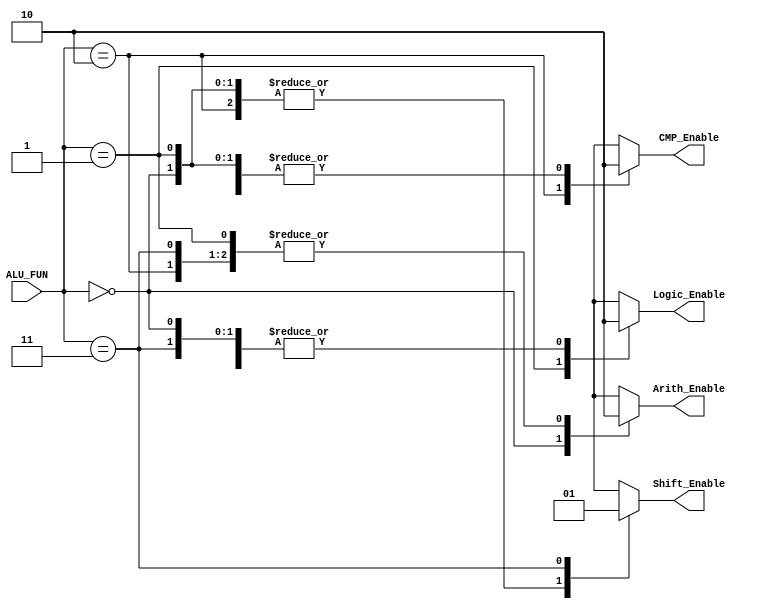
module Decoder_UNIT (
 input wire         [1:0]       ALU_FUN,
 output reg                      Arith_Enable,Logic_Enable,CMP_Enable,Shift_Enable
);

always @(*)
 begin
  case(ALU_FUN)
   2'b00 : begin
     Arith_Enable=1'b1 ;
	 Logic_Enable=1'b0 ;
	 CMP_Enable=1'b0 ;
	 Shift_Enable=1'b0 ;
    end
   2'b01 : begin
     Arith_Enable=1'b0 ;
	 Logic_Enable=1'b1 ;
	 CMP_Enable=1'b0 ;
	 Shift_Enable=1'b0 ;
    end
   2'b10 : begin
     Arith_Enable=1'b0 ;
	 Logic_Enable=1'b0 ;
	 CMP_Enable=1'b1 ;
	 Shift_Enable=1'b0 ;
    end
   2'b11 : begin
     Arith_Enable=1'b0 ;
	 Logic_Enable=1'b0 ;
	 CMP_Enable=1'b0 ;
	 Shift_Enable=1'b1 ;
    end
   default : begin
     Arith_Enable=1'b0 ;
	 Logic_Enable=1'b0 ;
	 CMP_Enable=1'b0 ;
	 Shift_Enable=1'b0 ;
    end
  endcase
 end

endmodule